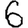
Digit: 6